Insane asylums Bombay 1873-77 - 1873-1877
Year: 1873
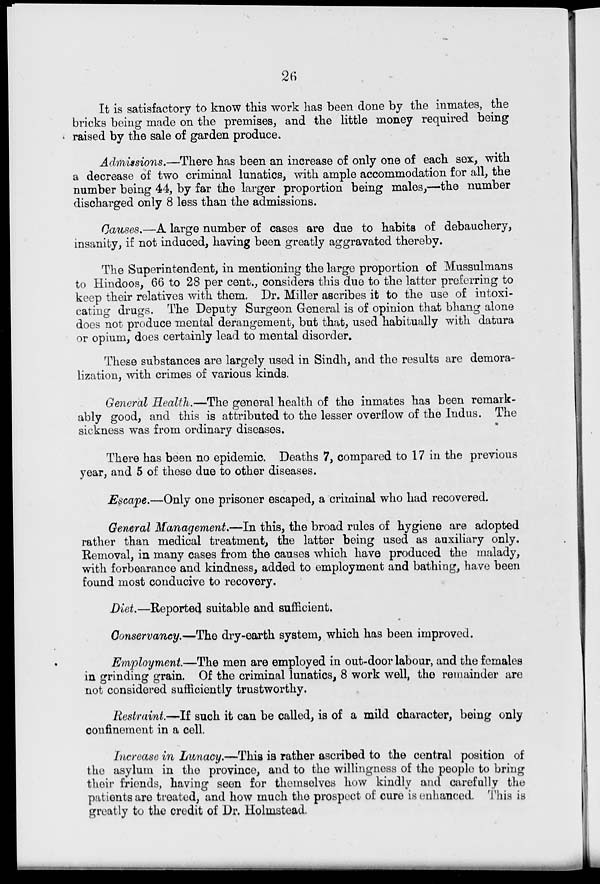
26
It is satisfactory to know this work has been done by the inmates, the
bricks being made on the premises, and the little money required being
raised by the sale of garden produce.
Admissions.—There has been an increase of only one of each sex, with
a decrease of two criminal lunatics, with ample accommodation for all, the
number being 44, by far the larger proportion being males,—the number
discharged only 8 less than the admissions.
Causes.—A large number of cases are due to habits of debauchery,
insanity, if not induced, having been greatly aggravated thereby.
The Superintendent, in mentioning the large proportion of Mussulmans
to Hindoos, 66 to 28 per cent., considers this due to the latter preferring to
keep their relatives with them. Dr. Miller ascribes it to the use of intoxi-
cating drugs. The Deputy Surgeon General is of opinion that bhang alone
does not produce mental derangement, but that, used habitually with datura
or opium, does certainly lead to mental disorder.
These substances are largely used in Sindh, and the results are demora-
lization, with crimes of various kinds.
General Health.—The general health of the inmates has been remark-
ably good, and this is attributed to the lesser overflow of the Indus. The
sickness was from ordinary diseases.
There has been no epidemic. Deaths 7, compared to 17 in the previous
year, and 5 of these due to other diseases.
Escape.—Only one prisoner escaped, a criminal who had recovered.
General Management.—In this, the broad rules of hygiene are adopted
rather than medical treatment, the latter being used as auxiliary only.
Removal, in many cases from the causes which have produced the malady,
with forbearance and kindness, added to employment and bathing, have been
found most conducive to recovery.
Diet.—Reported suitable and sufficient.
Conservancy.—The dry-earth system, which has been improved.
Employment.—The men are employed in out-door labour, and the females
in grinding grain. Of the criminal lunatics, 8 work well, the remainder are
not considered sufficiently trustworthy.
Restraint.—If such it can be called, is of a mild character, being only
confinement in a cell.
Increase in Lunacy.—This is rather ascribed to the central position of
the asylum in the province, and to the willingness of the people to bring
their friends, having seen for themselves how kindly and carefully the
patients are treated, and how much the prospect of cure is enhanced. This is
greatly to the credit of Dr. Holmstead.